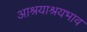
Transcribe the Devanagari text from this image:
आश्रयाश्रयभाव